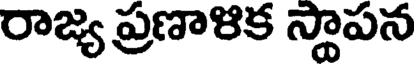
రాజ్య ప్రణాళిక స్థాపన